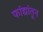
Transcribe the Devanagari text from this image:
फांद्यांतून